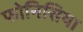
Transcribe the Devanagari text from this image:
फोनिसिया